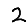
Digit: 2